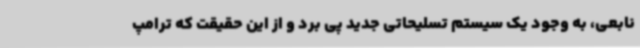
نابعی، به وجود یک سیستم تسلیحاتی جدید پی برد و از این حقیقت که ترامپ